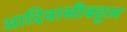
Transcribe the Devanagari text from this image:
आदिवासीबहूल